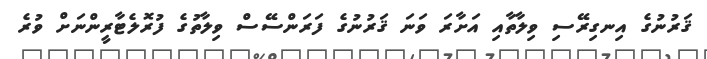
ޤަރުނުގެ އިނގިރޭސި ވިލާތާއި އަށާރަ ވަނަ ޤަރުނުގެ ފަރަންސޭސް ވިލާތުގެ ފުރޮލެޓާރީންނަށް ވުރެ